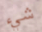
شيء